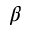
\beta